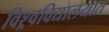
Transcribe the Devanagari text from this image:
विश्र्वविद्यालयात